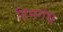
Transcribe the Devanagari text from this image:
हिमगंध